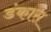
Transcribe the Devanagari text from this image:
डंकास